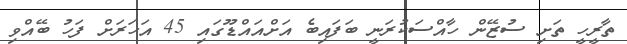
ތާރީހީ ތަށި ސުޒޭން ހާއްސަކުރަނީ ބަފައިބެ އަށްއައްޑޫގައި 45 އަހަރަށް ފަހު ބޭއްވި